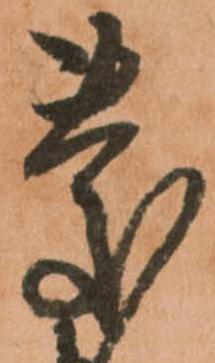
慶